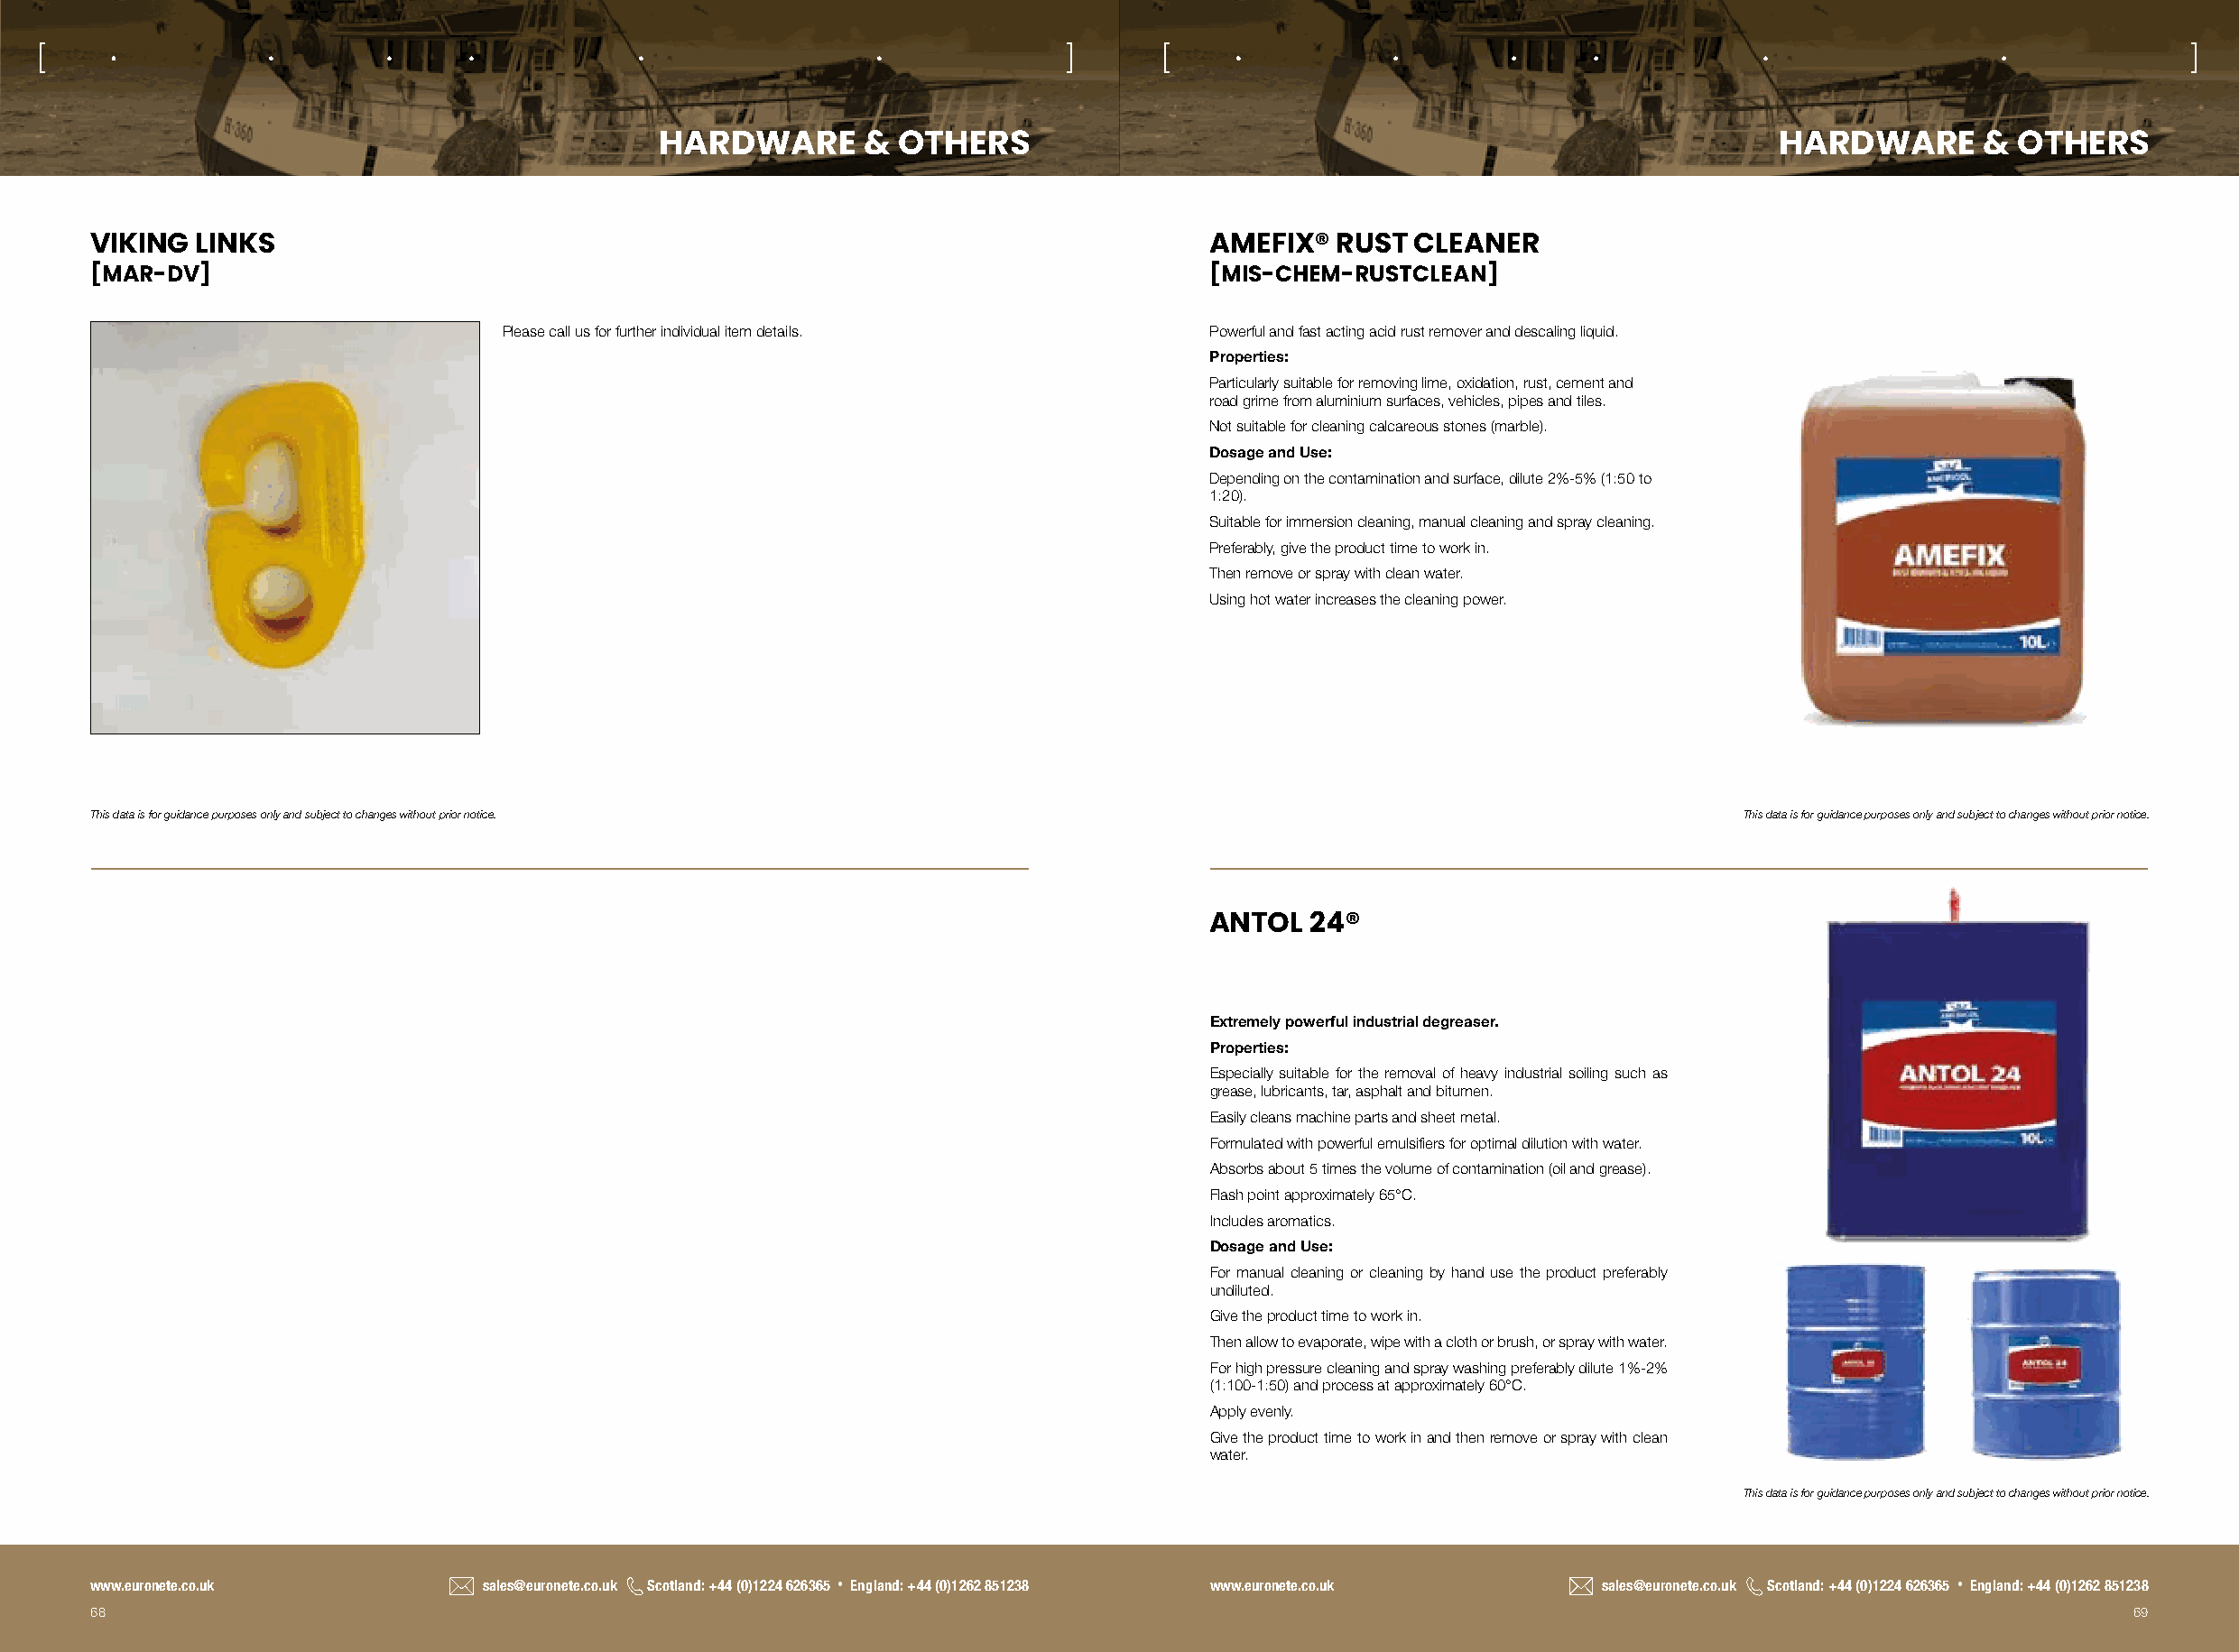
[                                                                          ]      [                                                                           ]
 HARDWARE       &  OTHERS                                                          HARDWARE       &  OTHERS
 VIKING LINKS                                                                      AMEFIX®  RUST  CLEANER
 [MAR-DV]                                                                          [MIS-CHEM-RUSTCLEAN]
 Please call us for further individual item details. Powerful and fast acting acid rust remover and descaling liquid.
 Properties:
 Particularly suitable for removing lime, oxidation, rust, cement and
 road grime from aluminium surfaces, vehicles, pipes and tiles.
 Not suitable for cleaning calcareous stones (marble).
 Dosage and Use:
 Depending on the contamination and surface, dilute 2%-5% (1:50 to
 1:20).
 Suitable for immersion cleaning, manual cleaning and spray cleaning.
 Preferably, give the product time to work in.
 Then remove or spray with clean water.
 Using hot water increases the cleaning power.
 This data is for guidance purposes only and subject to changes without prior notice.                                     This data is for guidance purposes only and subject to changes without prior notice.
 ANTOL  24®
 Extremely powerful industrial degreaser.
 Properties:
 Especially suitable for the removal of heavy industrial soiling such as
 grease, lubricants, tar, asphalt and bitumen.
 Easily cleans machine parts and sheet metal.
 Formulated with powerful emulsifiers for optimal dilution with water.
 Absorbs about 5 times the volume of contamination (oil and grease).
 Flash point approximately 65°C.
 Includes aromatics.
 Dosage and Use:
 For manual cleaning or cleaning by hand use the product preferably
 undiluted.
 Give the product time to work in.
 Then allow to evaporate, wipe with a cloth or brush, or spray with water.
 For high pressure cleaning and spray washing preferably dilute 1%-2%
 (1:100-1:50) and process at approximately 60°C.
 Apply evenly.
 Give the product time to work in and then remove or spray with clean
 water.
 This data is for guidance purposes only and subject to changes without prior notice.
 www.euronete.co.uk          sales@euronete.co.uk Scotland: +44 (0)1224 626365 • England: +44 (0)1262 851238 www.euronete.co.uk sales@euronete.co.uk Scotland: +44 (0)1224 626365 • England: +44 (0)1262 851238
 68                                                                                                                                                   69